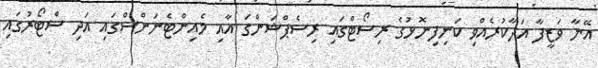
އޭނާ ވަޒީފާ އަދާކުރެއްވި ކަނިފިނޮޅުގެ ރިސޯޓްގައި ރިސެޕްޝަންގަ އާއި މެއިންޓެނަންސްގައި އަދި ސްޓޯރުގައި